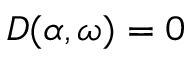
D ( \alpha , \omega ) = 0